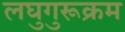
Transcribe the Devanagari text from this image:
लघुगुरूक्रम